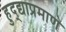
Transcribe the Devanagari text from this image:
हुद्द्याप्रमाणे